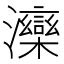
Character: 𱪍